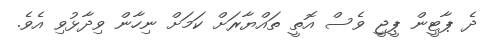
ދެ ޕާޓީން ޕީޖީ ވެސް އޮތީ ތައްޔާރަށް ކަމަށް ނިހާން ވިދާޅުވި އެވެ.